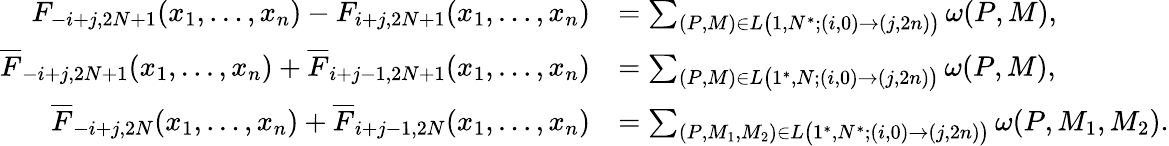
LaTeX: \begin{array}{rl}{F_{-i+j,2N+1}(x_{1},\dots,x_{n})-F_{i+j,2N+1}(x_{1},\dots,x_{n})}&{=\sum_{(P,M)\in L\big(1,N^{*};(i,0)\to(j,2n)\big)}\omega(P,M),}\\ {\overline{{F}}_{-i+j,2N+1}(x_{1},\dots,x_{n})+\overline{{F}}_{i+j-1,2N+1}(x_{1},\dots,x_{n})}&{=\sum_{(P,M)\in L\big(1^{*},N;(i,0)\to(j,2n)\big)}\omega(P,M),}\\ {\overline{{F}}_{-i+j,2N}(x_{1},\dots,x_{n})+\overline{{F}}_{i+j-1,2N}(x_{1},\dots,x_{n})}&{=\sum_{(P,M_{1},M_{2})\in L\big(1^{*},N^{*};(i,0)\to(j,2n)\big)}\omega(P,M_{1},M_{2}).}\end{array}